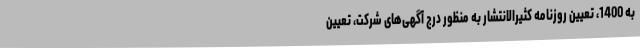
به 1400، تعیین روزنامه کثیرالانتشار به منظور درج آگهی‌های شرکت، تعیین